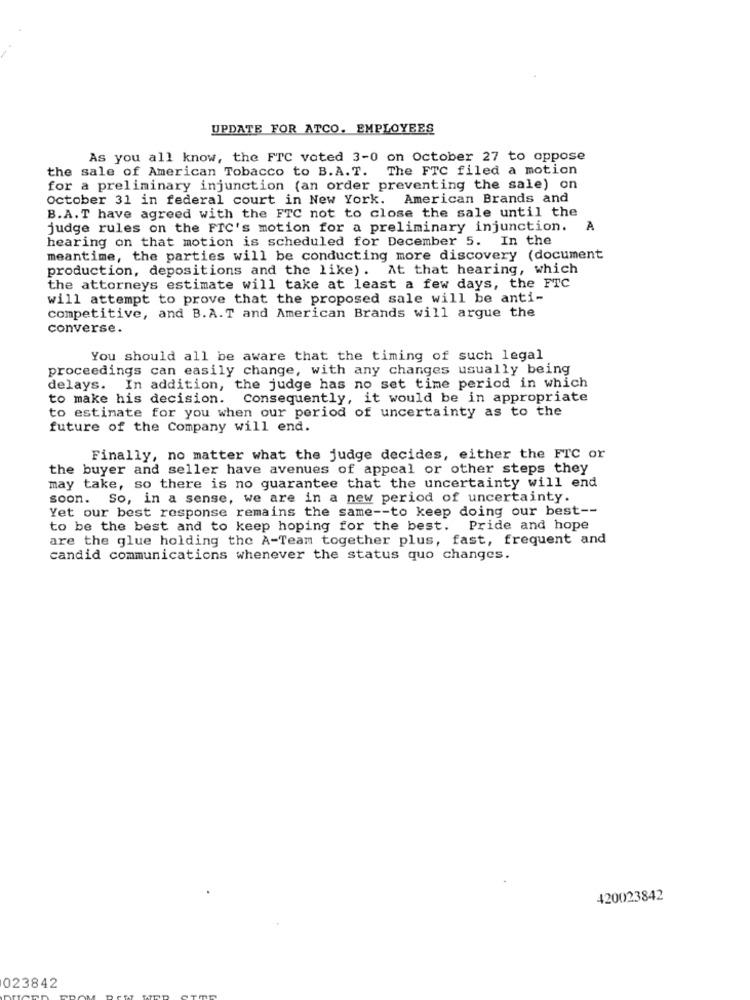
UPDATE FOR ATCO. EMPLOYEES
As you all know, the FTC voted 3-0 on October 27 to oppose
the sale of American Tobacco to B.A.T. The FTC filed a motion
for a preliminary injunction (an order preventing the sale) on
October 31 in federal court in New York. American Brands and
B.A.T have agreed with the FTC not to close the sale until the
judge rules on the FIC's motion for a preliminary injunction. A
hearing on that motion is scheduled for December 5. In the
meantime, the parties will be conducting more discovery (document
production, depositions and the like). At that hearing, which
the attorneys estimate will take at least a few days, the FTC
will attempt to prove that the proposed sale will be anti-
competitive, and B.A.T and American Brands will argue the
converse.
You should all be aware that the timing of such legal
proceedings can easily change, with any changes usually being
delays. In addition, the judge has no set time period in which
to make his decision.
Consequently, it would be in appropriate
to estimate for you when our period of uncertainty as to the
future of the Company will end.
Finally, no matter what the judge decides, either the FTC or
the buyer and seller have avenues of appeal or other steps they
may take, so there is no guarantee that the uncertainty will end
soon. So, in a sense, we are in a new period of uncertainty.
Yet our best response remains the same -- to keep doing our best --
to be the best and to keep hoping for the best. Pride and hope
are the glue holding the A-Team together plus, fast, frequent and
candid communications whenever the status quo changes.
420023842
023842